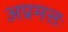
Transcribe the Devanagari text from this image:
अप्रमत्तः